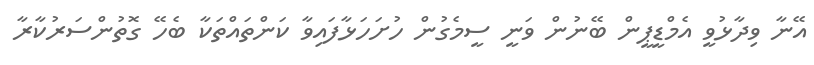
އޭނާ ވިދާޅުވީ އެމްޑީޕީން ބޭނުން ވަނީ ސީމެގުން ހުށަހަޅާފައިވާ ކަންތައްތަކާ ބެހޭ ގޮތުންސަރުކާރާ